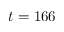
t = 1 6 6